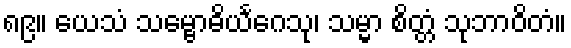
၈၉။ ယေသံ သမ္ဗောဓိယင်္ဂေသု၊ သမ္မာ စိတ္တံ သုဘာဝိတံ။